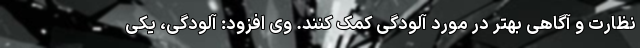
نظارت و آگاهی بهتر در مورد آلودگی کمک کنند. وی افزود: آلودگی، یکی